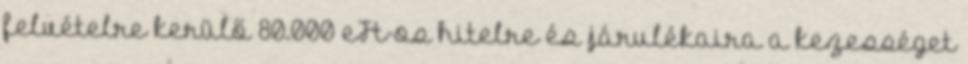
felvételre kerülő 80.000 eFt-os hitelre és járulékaira a kezességet